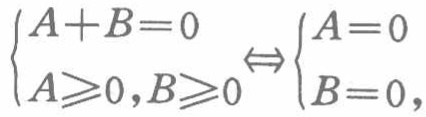
$\begin{cases}A + B = 0 \\ A\geqslant0,B\geqslant0\end{cases}\Leftrightarrow\begin{cases}A = 0 \\ B = 0,\end{cases}$